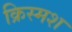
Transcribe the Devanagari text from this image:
क्रिस्मश